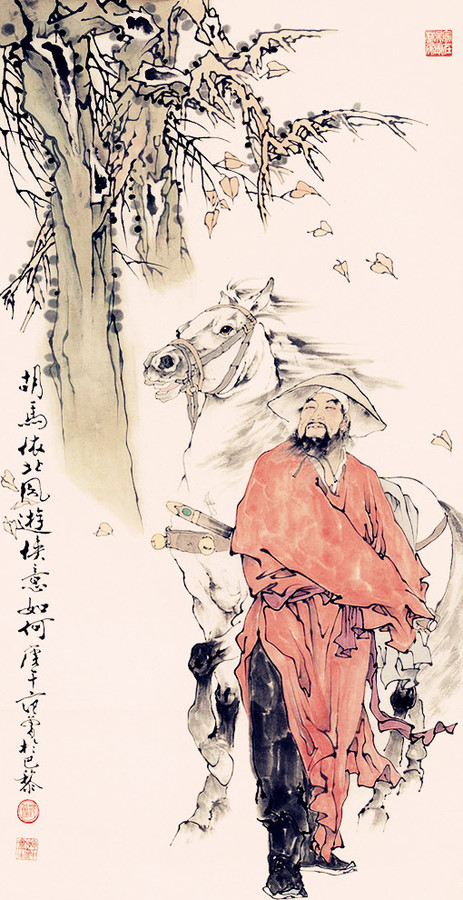
天子临轩赐侯印，将军佩出明光宫。